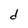
Character: d